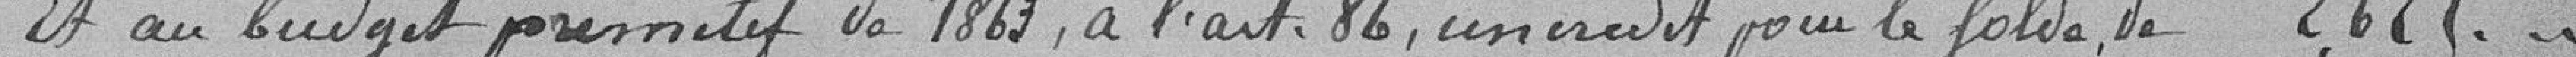
et au budget primitif de 1863, à l'article 86, un crédit pour le solde de 2625